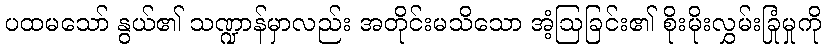
ပထမသော် နွယ်၏ သဏ္ဍာန်မှာလည်း အတိုင်းမသိသော အံ့ဩခြင်း၏ စိုးမိုးလွှမ်းခြုံမှုကို